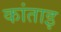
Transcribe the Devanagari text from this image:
कांताइ